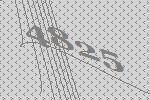
4825